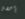
إحصل